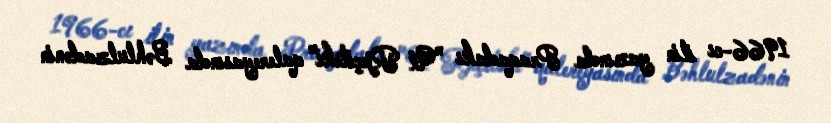
1966-cı ilin yazında Praqadakı "U Rjeçitski" qalereyasında Bəhlulzadənin